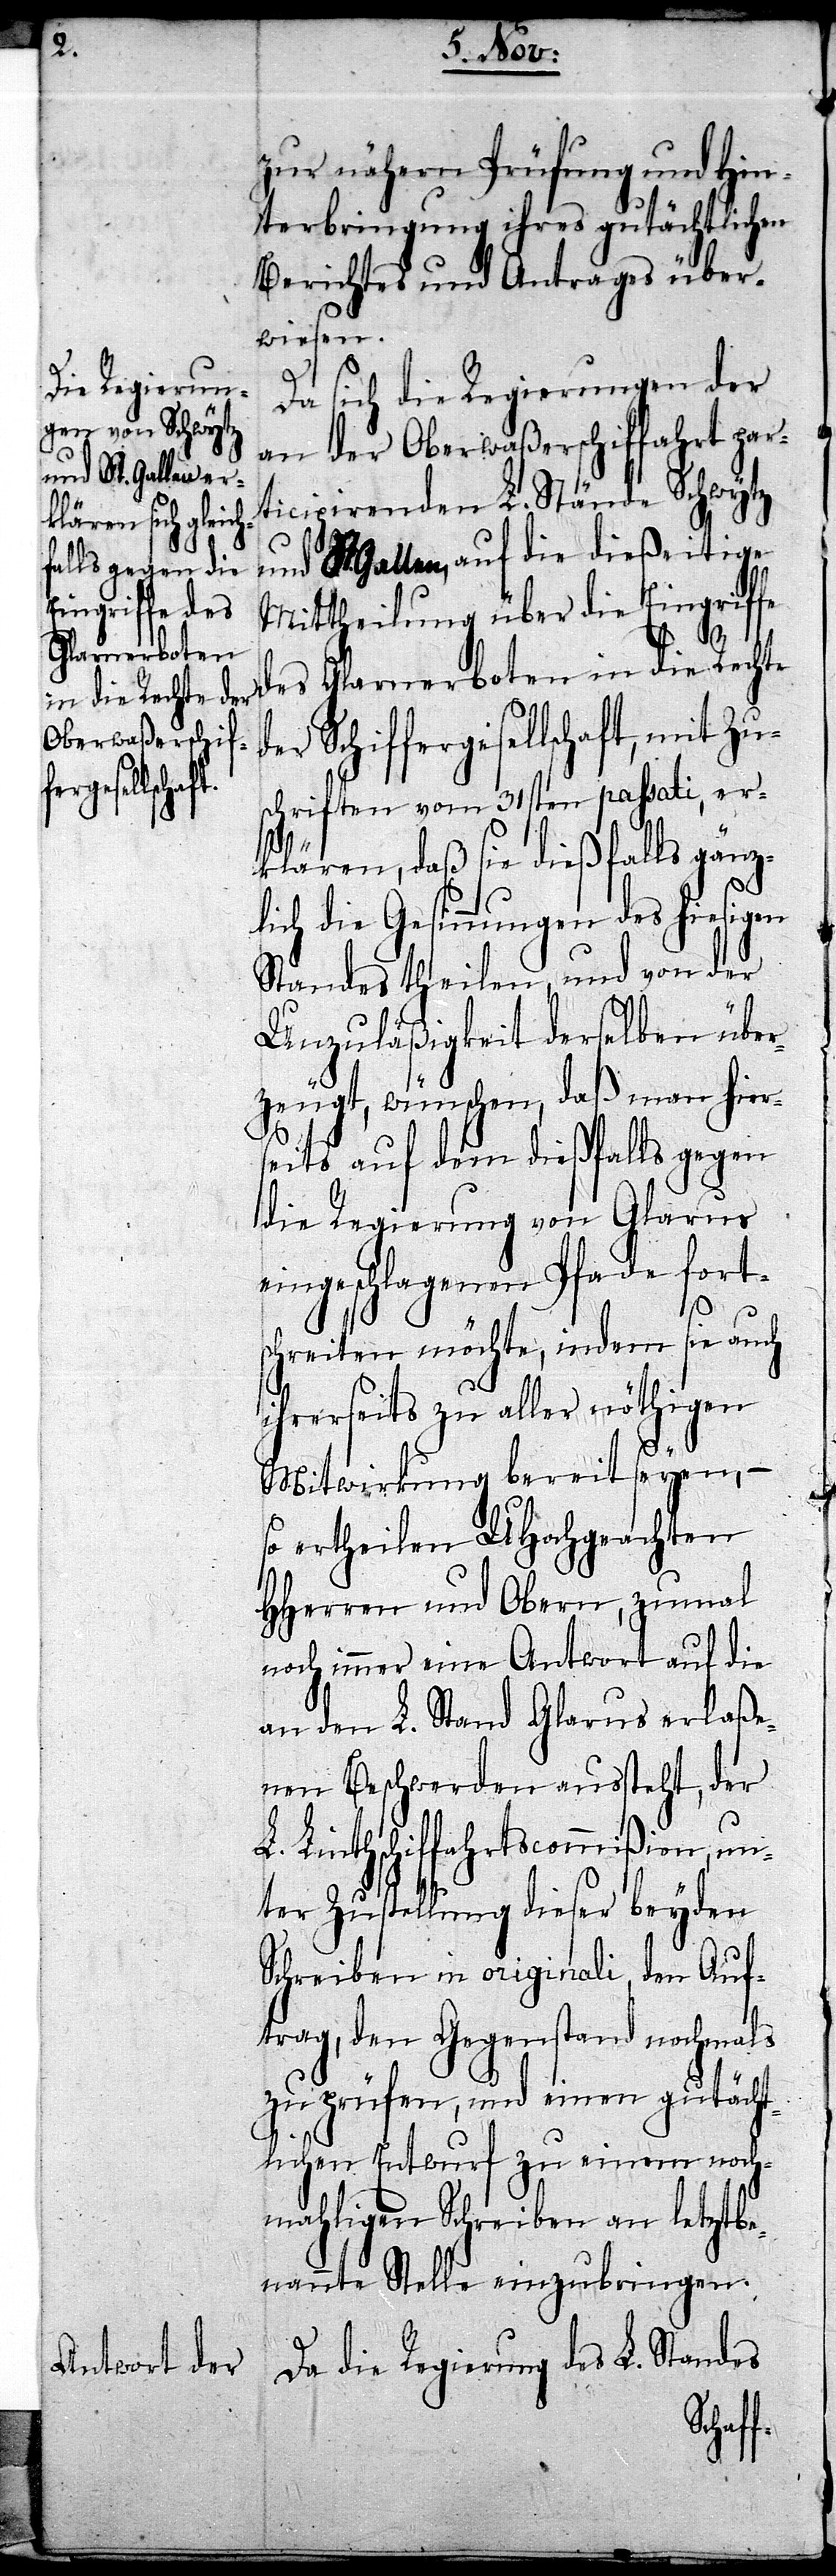
zur nähern Prüfung und Hin¬
terbringung ihres gutächtlichen
Berichtes und Antrages über¬
wiesen.
Da sich die Regierungen der
an der Oberwaßerschiffahrt par¬
ticipirenden L. Stände Schwytz
und St. Gallen, auf die dießeitige
Mittheilung über die Eingriffe
des Glarnerboten in die Rechte
ergesellschaft, mit Zu¬
schriften vom 31sten passati, er¬
klären, daß sie dießfalls gänz¬
lich die Gesinnungen des hiesigen
Standes theilen, und von der
Unzuläßigkeit derselben über¬
zeugt, wünschen, daß man hier¬
seits auf dem dießfalls gegen
die Regierung von Glarus
eingeschlagenen Pfade fort¬
schreiten möchte, indem sie auch
ihrerseits zu aller nöthigen
Mitwirkung bereit seyen,
so ertheilen UHochgeachten
HHerren und Obern, zumal
noch immer eine Antwort auf die
den L. Stand Glarus erlaße¬
nen Beschwerden aussteht, der
Linthschiffahrtscommißion, un¬
ter Zustellung dieser beyden
Schreiben in originali, den Auf¬
trag, den Gegenstand nochmals
zu prüfen, und einen gutächt¬
lichen Entwurf zu einem noch¬
mahligen Schreiben an letztbe¬
nannte Stelle einzubringen.
Da die Regierung des L. Standes
Schiff¬